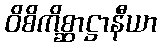
ဝိစိကိစ္ဆာဋ္ဌာနီယာ